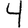
Digit: 4